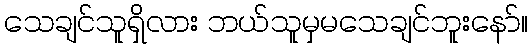
သေချင်သူရှိလား ဘယ်သူမှမသေချင်ဘူးနော်။